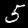
Label: 5